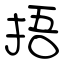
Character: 捂